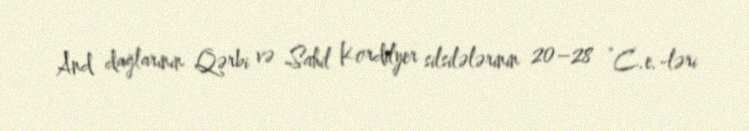
And dağlarının Qərbi və Sahil Kordilyer silsilələrinin 20–28 °C.e.-ləri